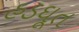
હડઘૂત